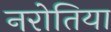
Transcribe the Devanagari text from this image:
नरोतिया